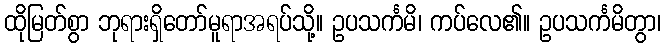
ထိုမြတ်စွာ ဘုရားရှိတော်မူရာအရပ်သို့။ ဥပသင်္ကမိ၊ ကပ်လေ၏။ ဥပသင်္ကမိတွာ၊